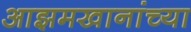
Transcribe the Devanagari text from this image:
आझमखानांच्या